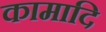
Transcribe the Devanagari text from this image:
कामादि